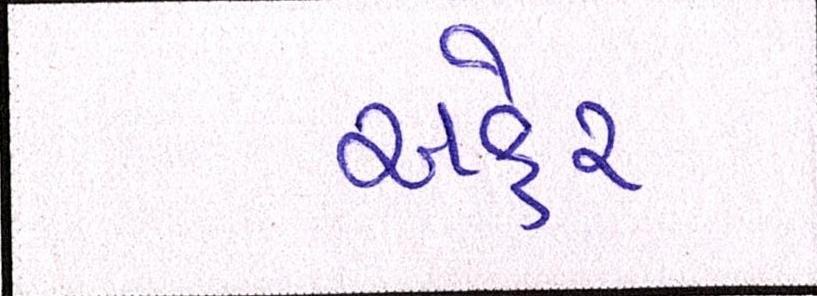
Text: અફેર